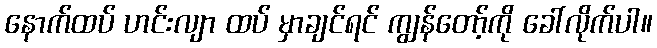
နောက်ထပ် ဟင်းလျာ ထပ် မှာချင်ရင် ကျွန်တော့်ကို ခေါ်လိုက်ပါ။